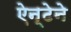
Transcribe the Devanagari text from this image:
ऐन्टेने